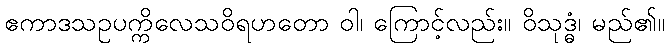
ဧကာဒသဥပက္ကိလေသဝိရဟတော ဝါ၊ ကြောင့်လည်း။ ဝိသုဒ္ဓံ၊ မည်၏။